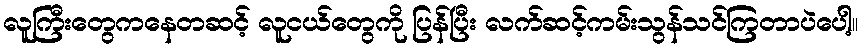
လူကြီးတွေကနေတဆင့် လူငယ်တွေကို ပြန်ပြီး လက်ဆင့်ကမ်းသွန်သင်ကြတာပဲပေါ့။